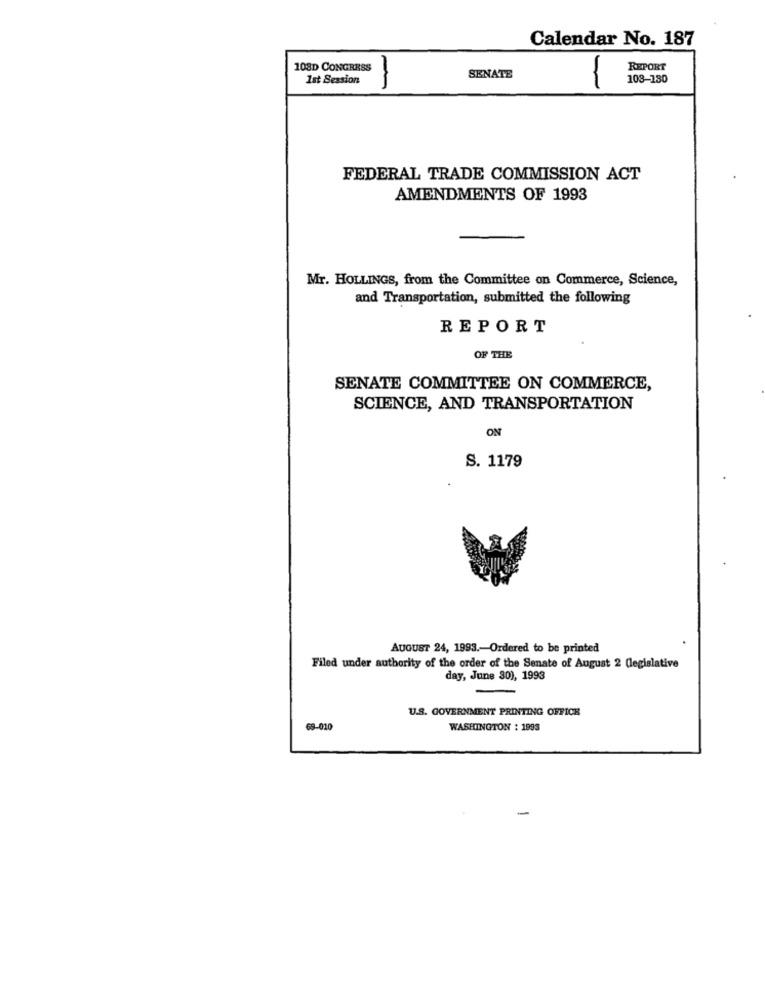
Calendar No. 187
108D CONGRESS
REPORT
1st Session
SENATE
108-130
FEDERAL TRADE COMMISSION ACT
AMENDMENTS OF 1993
Mr. HOLLINGS, from the Committee on Commerce, Science,
and Transportation, submitted the following
REPORT
OF THE
SENATE COMMITTEE ON COMMERCE,
SCIENCE, AND TRANSPORTATION
ON
S. 1179
AUGUST 24, 1993 .- Ordered to be printed
Filed under authority of the order of the Senate of August 2 Clegislative
day, June 30), 1993
U.S. GOVERNMENT PRINTING OFFICE
68-010
WASHINGTON : 1993